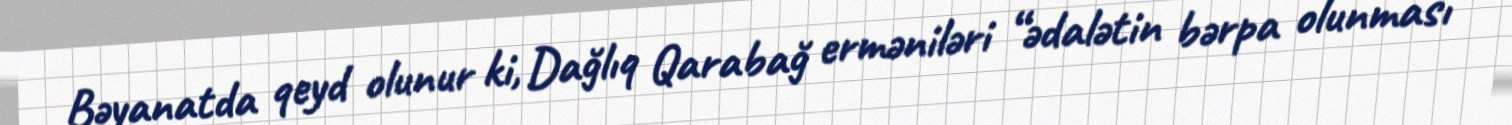
Bəyanatda qeyd olunur ki, Dağlıq Qarabağ erməniləri “ədalətin bərpa olunması